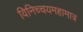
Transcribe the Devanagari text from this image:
विनिच्चयमहामात्र